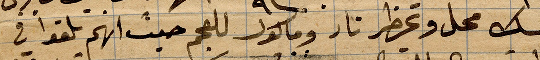
مسك محل وتمهظر نار ومالول للعجم حيث انهم تلقوا في